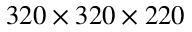
3 2 0 \times 3 2 0 \times 2 2 0